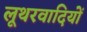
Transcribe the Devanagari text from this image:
लूथरवादियों